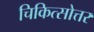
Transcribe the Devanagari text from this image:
चिकित्सोत्तर